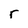
Character: r